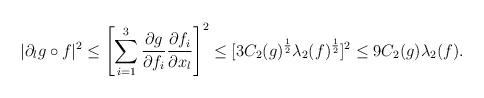
LaTeX: \begin{align*} |\partial_l g \circ f|^2 \leq \left[\sum_{i=1}^3 \frac{\partial g}{\partial f_i} \frac{\partial f_i}{\partial x_l}\right]^2 \leq [3C_2(g)^{\frac{1}{2}}\lambda_2(f)^{\frac{1}{2}}]^2 \leq 9 C_2(g)\lambda_2(f). \end{align*}